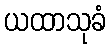
ယထာသုခံ